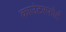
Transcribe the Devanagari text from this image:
काउंटरफोर्ट